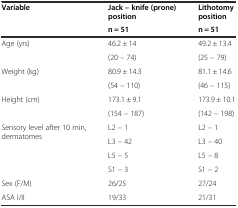
| <ROWSPAN=2> Variable | Jack – knife (prone) position | Lithotomy position |
 | n = 51 | n = 51 |
 | --- | --- | --- |
 | <ROWSPAN=2> Age (yrs) | 46.2 ± 14 | 49.2 ± 13.4 |
 | (20 – 74) | (25 – 79) |
 | <ROWSPAN=2> Weight (kg) | 80.9 ± 14.3 | 81.1 ± 14.6 |
 | (54 – 110) | (46 – 115) |
 | <ROWSPAN=2> Height (cm) | 173.1 ± 9.1 | 173.9 ± 10.1 |
 | (154 – 187) | (142 – 198) |
 | <ROWSPAN=4> Sensory level after 10 min, dermatomes | L2 – 1 | L2 – 1 |
 | L3 – 42 | L3 – 40 |
 | L5 – 5 | L5 – 8 |
 | S1 – 3 | S1 – 2 |
 | Sex (F/M) | 26/25 | 27/24 |
 | ASA I/II | 19/33 | 21/31 |